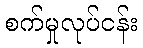
စက်မှုလုပ်ငန်း